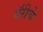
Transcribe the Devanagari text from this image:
गॅरीचे